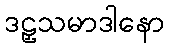
ဒဠှသမာဒါနော